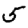
Digit: 5